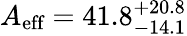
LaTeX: A_{\textrm{eff}}=41.8_{-14.1}^{+20.8}